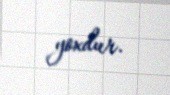
yoxdur.